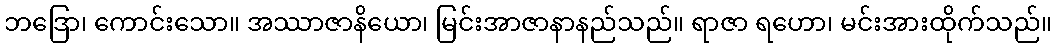
ဘဒြော၊ ကောင်းသော။ အဿာဇာနိယော၊ မြင်းအာဇာနာနည်သည်။ ရာဇာ ရဟော၊ မင်းအားထိုက်သည်။